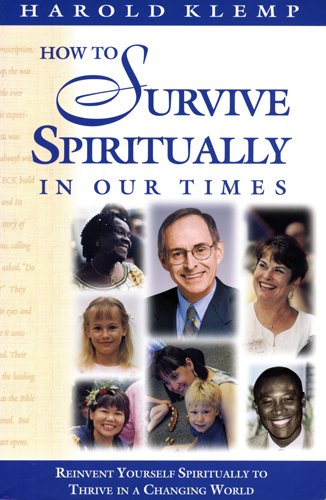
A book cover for How to Survive Spiritually in Our Times; Harold Klemp; Religion & Spirituality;